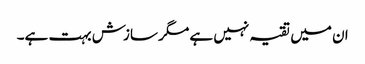
ان میں تقیہ نہیں ہے مگر سازش بہت ہے۔